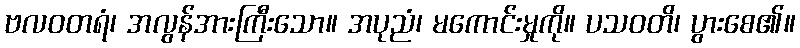
ဗလဝတရံ၊ အလွန်အားကြီးသော။ အပုညံ၊ မကောင်းမှုကို။ ပသဝတိ၊ ပွားစေ၏။